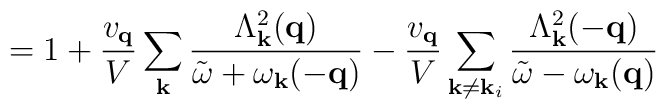
= 1 + \frac{ v_{ {\bf{q}} } }{V}\sum_{ {\bf{k}} }\frac{ \Lambda^{2}_{ {\bf{k}} }({\bf{q}}) }{ {\tilde{\omega}} + \omega_{ {\bf{k}} }(-{\bf{q}}) }- \frac{ v_{ {\bf{q}} } }{V}\sum_{ {\bf{k}} \neq {\bf{k}}_{i}}\frac{ \Lambda^{2}_{ {\bf{k}} }(-{\bf{q}}) }{ {\tilde{\omega}} - \omega_{ {\bf{k}} }({\bf{q}}) }